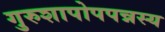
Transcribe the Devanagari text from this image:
गुरुशापोपपन्नस्य